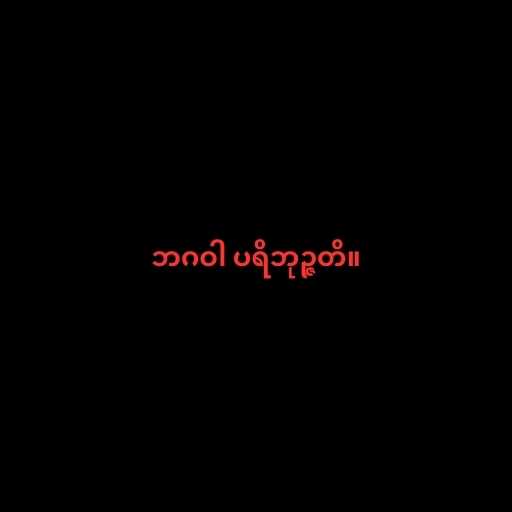
ဘဂဝါ ပရိဘုဉ္ဇတိ။